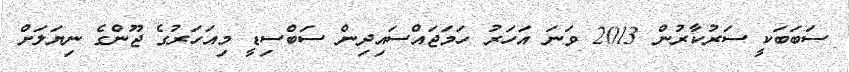
ސަބަބަކީ ސަރުކާރުން 2013 ވަނަ އަހަރު ހަމަޖައްސައިދިން ސަބްސިޑީ މިއަހަރުގެ ޖޫންގެ ނިޔަލަށް